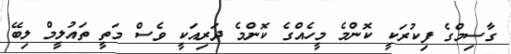
ގާސިމްގެ ފިކުރަކީ ކޮންމެ މީހެއްގެ ކޮންމެ ދަރިއަކީ ވެސް މަތީ ތައުލީމް ލިބޭ